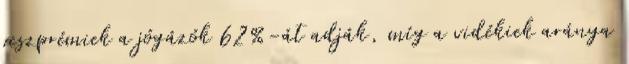
veszprémiek a jógázók 62%-át adják, míg a vidékiek aránya